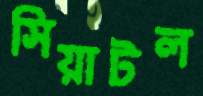
সিয়াটল